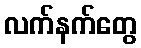
လက်နက်တွေ